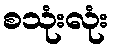
စသုံးလုံး